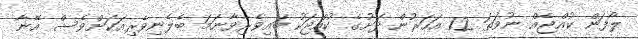
ލޯފަން ކުއްޖެއް ނުވަތަ 12 އަހަރުން ދަށުގެ ކުއްޖަކު ބައިވެރިވާނަމަ ބެލެނިވެރިއަކަށްވެސް އޭނާ